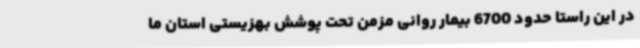
در این راستا حدود 6700 بیمار روانی مزمن تحت پوشش بهزیستی استان ما